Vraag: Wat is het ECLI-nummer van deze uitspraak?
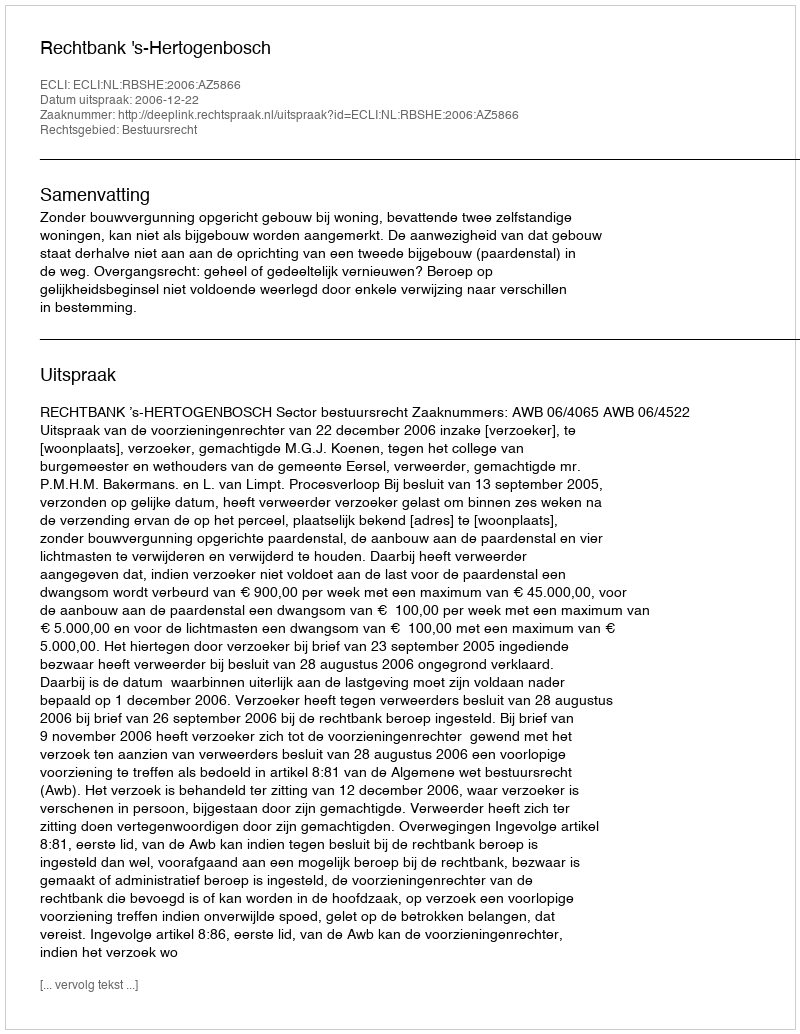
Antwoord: ECLI:NL:RBSHE:2006:AZ5866